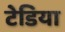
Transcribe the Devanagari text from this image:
टेडिया